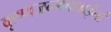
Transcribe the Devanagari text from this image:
कृष्णजन्मबधाईनां